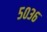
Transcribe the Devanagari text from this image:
५०३६